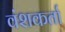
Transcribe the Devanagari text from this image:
वंशकर्ता